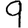
Digit: 9